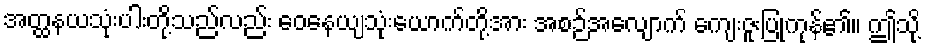
အတ္ထနယသုံးပါးတို့သည်လည်း ဝေနေယျသုံးယောက်တို့အား အစဉ်အလျောက် ကျေးဇူးပြုကုန်၏။ ဤသို့